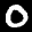
Label: 0